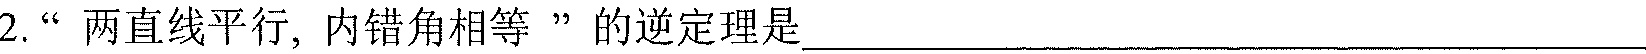
2. “两直线平行, 内错角相等 ”的逆定理是  .